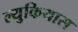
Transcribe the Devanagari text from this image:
ल्युकियास